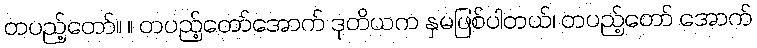
တပည့်တော်။ ။ တပည့်တော်အောက် ဒုတိယက နှမဖြစ်ပါတယ်၊ တပည့်တော် အောက်